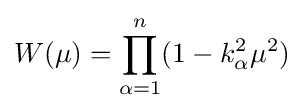
W(\mu )=\prod _{\alpha =1}^{n}(1-k_{\alpha }^{2}\mu ^{2})